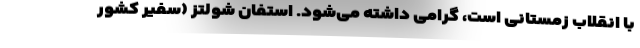
با انقلاب زمستانی است، گرامی داشته می‌شود. استفان شولتز (سفیر کشور